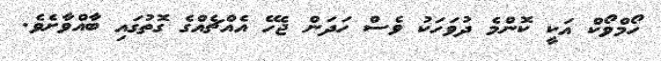
ހޯމްވޯކް އަކީ ކޮންމެ ދުވަހަކު ވެސް ހަދަން ޖެހޭ އެއްޗެއްގެ ގޮތުގައި ބާއްވާށެވެ.